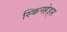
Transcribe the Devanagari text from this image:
स्किनहेड्स